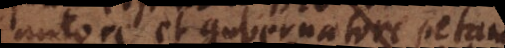
autore et gubernatore pet